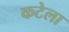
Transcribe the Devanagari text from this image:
कटेला